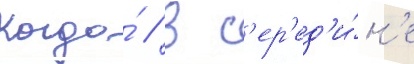
Когда́ / в с'ер'ед'и́н'е